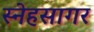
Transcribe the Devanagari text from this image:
स्नेहसागर